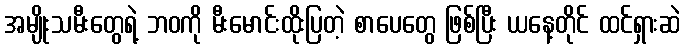
အမျိုးသမီးတွေရဲ့ ဘဝကို မီးမောင်းထိုးပြတဲ့ စာပေတွေ ဖြစ်ပြီး ယနေ့တိုင် ထင်ရှားဆဲ